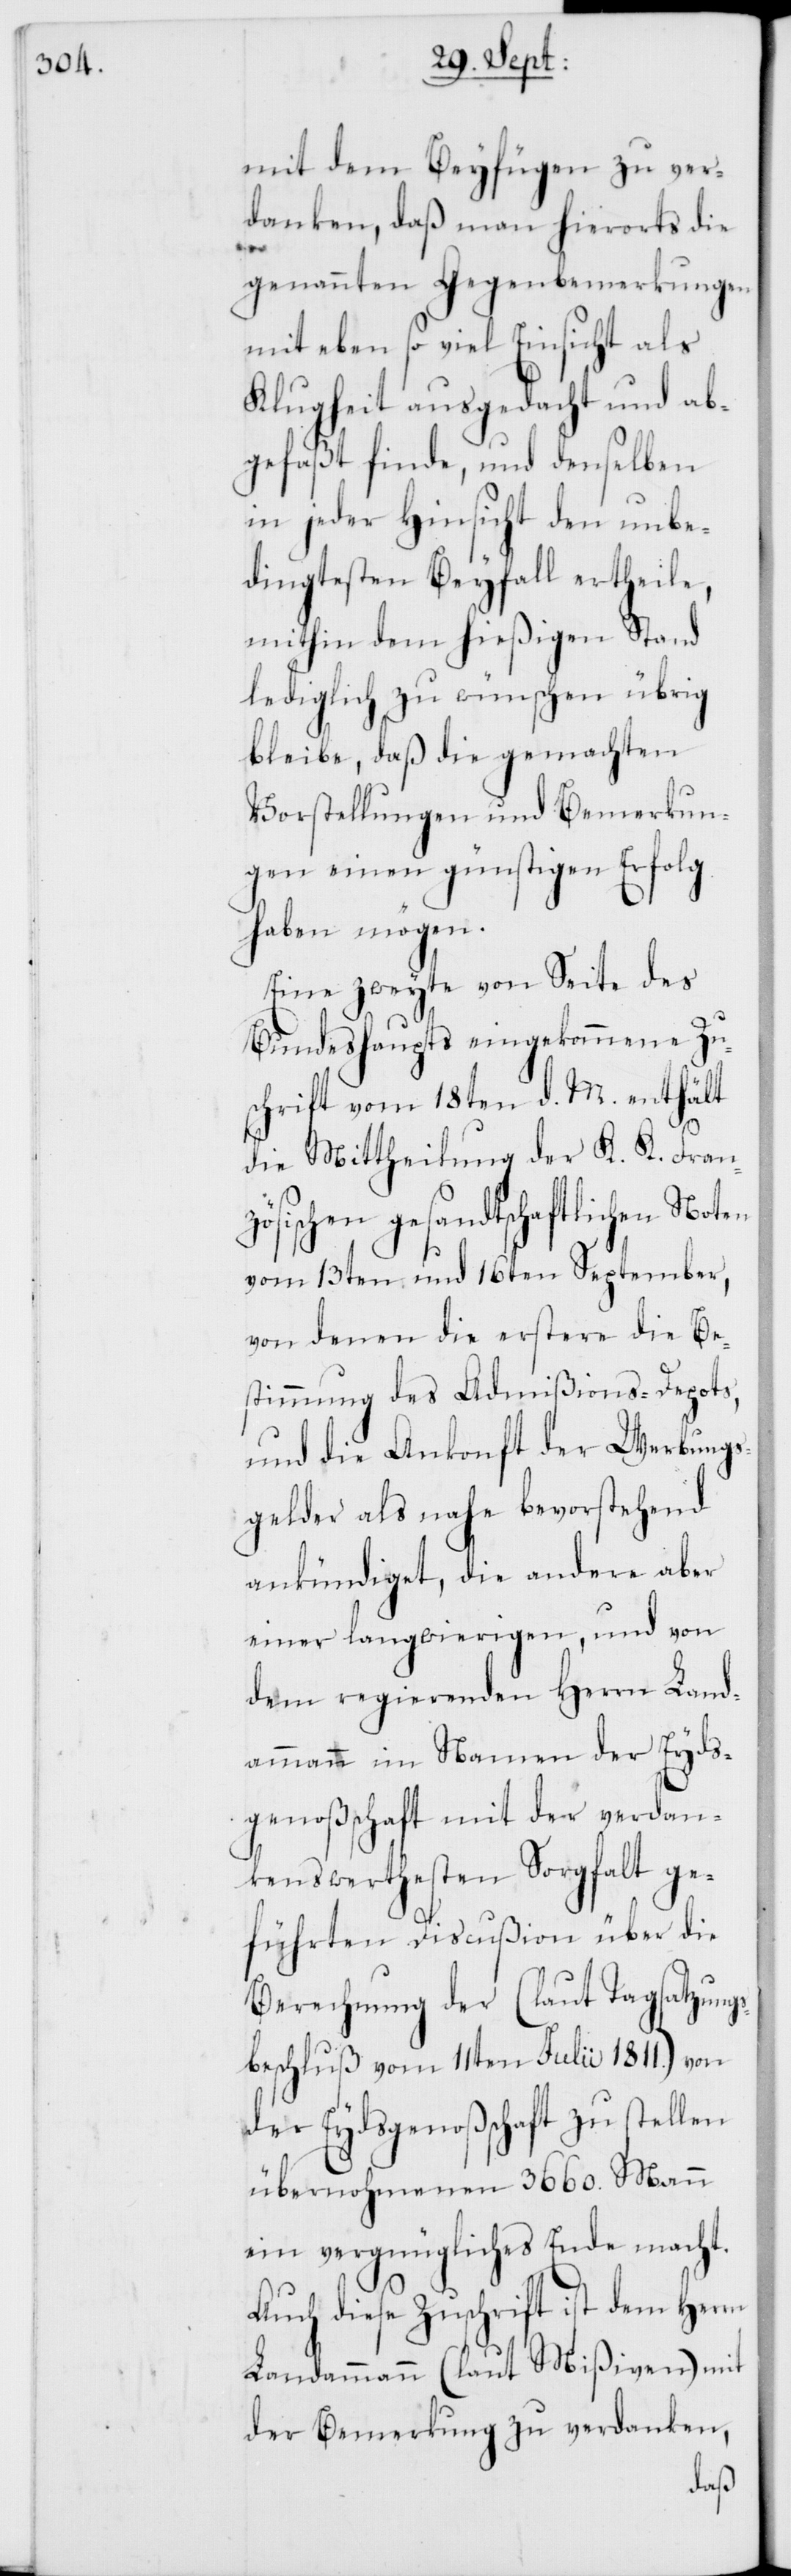
mit dem Beyfügen zu ver¬
danken, daß man hierorts die
genannten Gegenbemerkungen
mit eben so viel Einsicht als
Klugheit ausgedacht und ab¬
gefaßt finde, und denselben
in jeder Hinsicht den unbe¬
dingtesten Beyfall ertheile,
mithin dem hießigen Stand
lediglich zu wünschen übrig
bleibe, daß die gemachten
Vorstellungen und Bemerkun¬
gen einen günstigen Erfolg
haben mögen.
Eine zweyte von Seite des
Bundeshaupts eingekommene Zu¬
schrift vom 18ten d. M. enthält
die Mittheilung der K. K. Franz¬
ösischen gesandtschaftlichen
vom 13ten und 16ten September,
von denen die erstere die Be¬
stimmung des Admißions-Depots,
und die Ankonft der Werbungs¬
gelder als nahe bevorstehend
ankündiget, die andere aber
einer langwierigen, und von
dem regierenden Herrn Land¬
ammann im Namen der Eyds¬
genoßenschaft mit der verdan¬
kenswertesten Sorgfalt ge¬
führten Discußion über die
Berechnung der (laut Tagsatzungs¬
beschluß vom 11ten Julii 1811.) von
der Eydsgenoßenschaft zu stellen
übernohmenen 3660. Mann
ein vergnügliches Ende macht.
Auch diese Zuschrift ist dem Herrn
Landammann (laut Mißiven) mit
der Bemerkung zu verdanken,